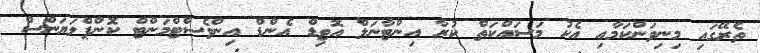
ތެރޭގައި މިނިވަންކަމާއި އެކު މަސައްކަތް ކުރާ އިންޓާނަލް އޮޓިޑް އެންޑް އިންވެސްޓްމަންޓް ކޮންޕްލަޔަންސް